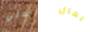
علي بمال